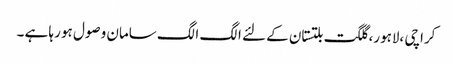
کراچی ،لاہور، گلگت بلتستان کے لئے الگ الگ سامان وصول ہو رہا ہے ۔